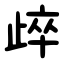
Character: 㱖